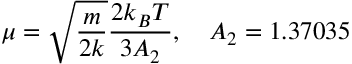
\mu = \sqrt { \frac { m } { 2 k } } \frac { 2 k _ { B } T } { 3 A _ { 2 } } , \quad A _ { 2 } = 1 . 3 7 0 3 5